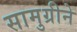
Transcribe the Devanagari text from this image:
सामुग्रीने